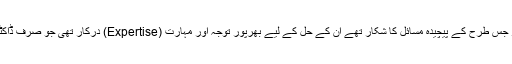
اور ویسے بھی میرے شوہر جس طرح کے پیچیدہ مسائل کا شکار تھے ان کے حل کے لیے بھرپور توجہ اور مہارت (Expertise) درکار تھی جو صرف ڈاکٹر صاحب کا ہی خاصہ ہے۔